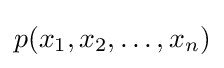
p(x_{1},x_{2},\ldots ,x_{n})